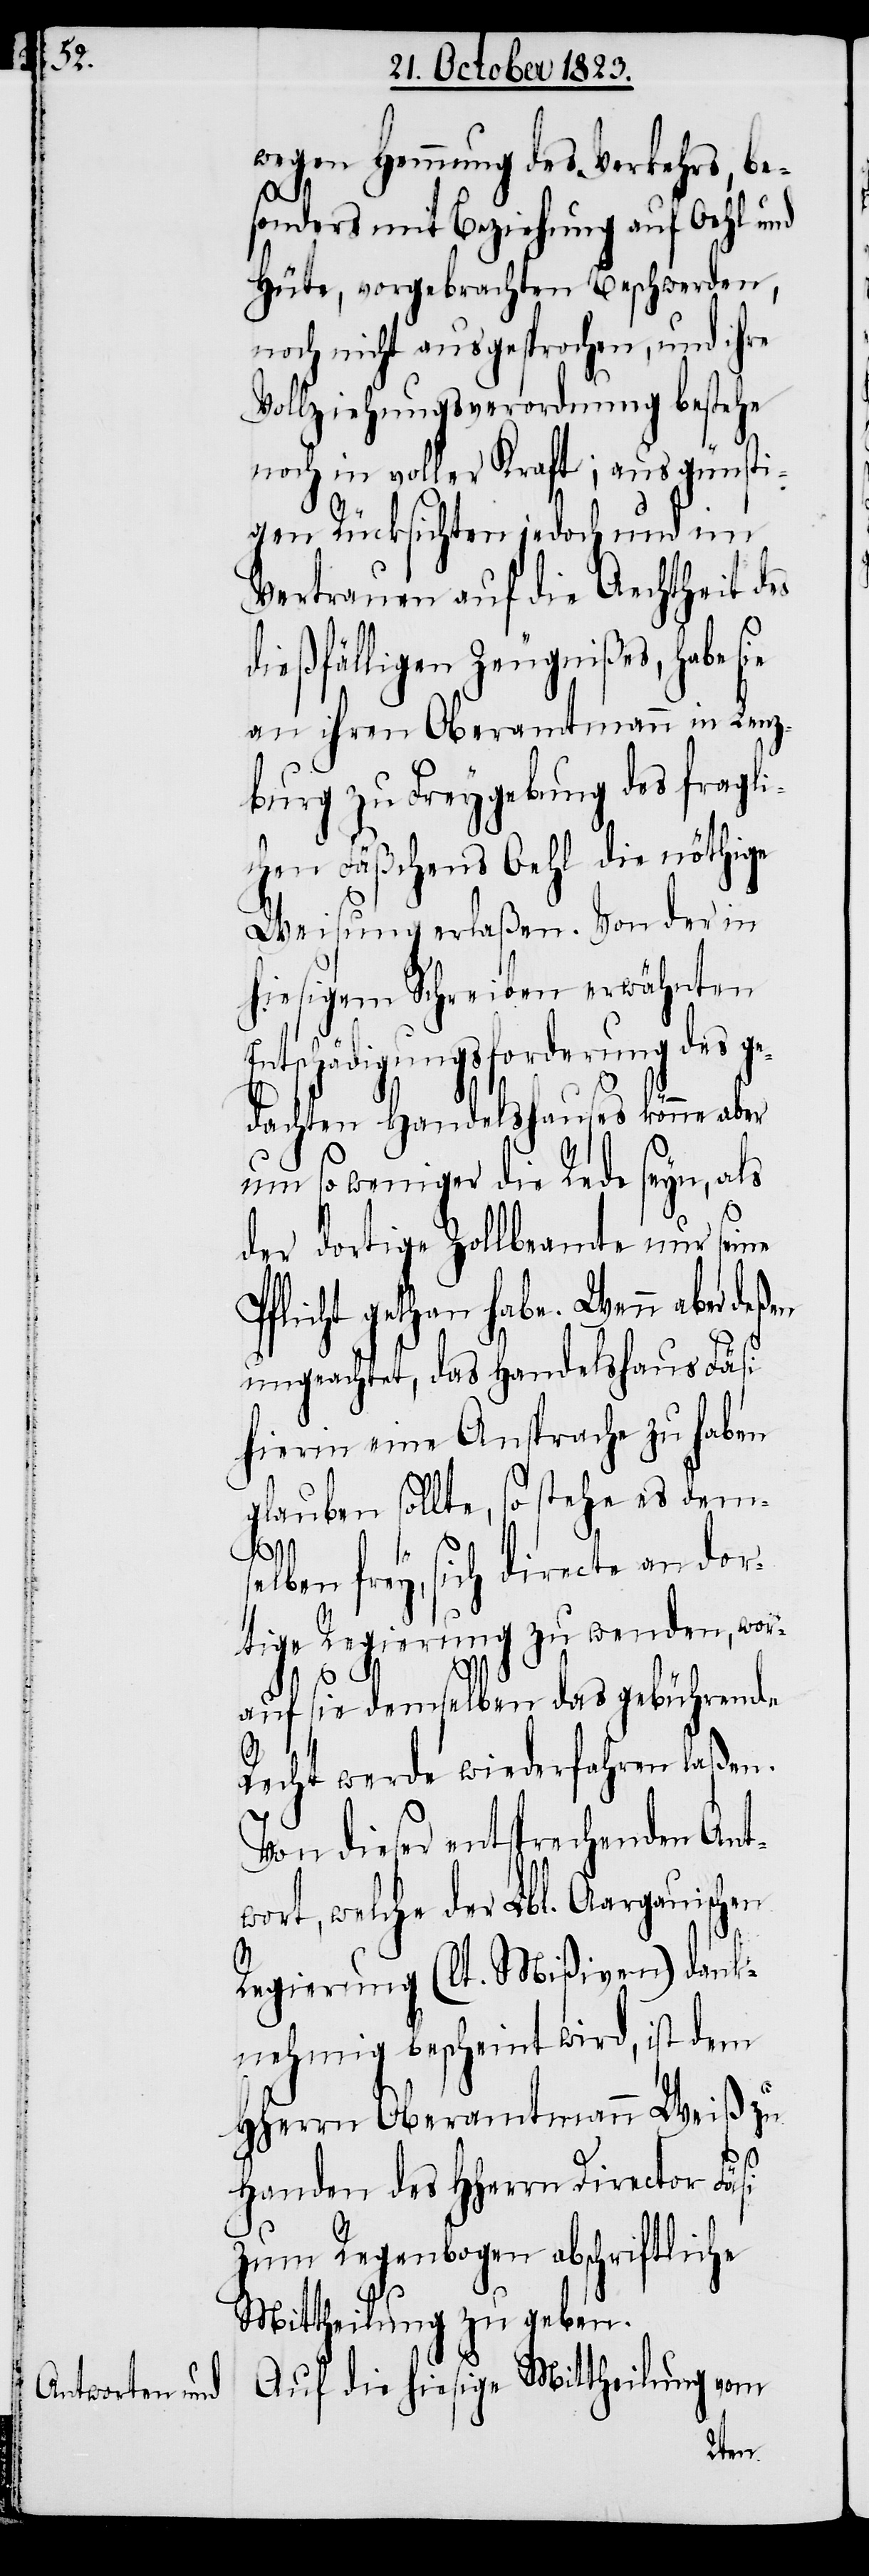
wegen Hemmung des Verkehrs, be¬
sonders mit Beziehung auf Oehl und
Hüte, vorgebrachten Beschwerden,
noch nicht ausgesprochen, und ihre
Vollziehungsverordnung bestehe
noch in voller Kraft; aus günsti¬
gen Rücksichten jedoch und im
Vertrauen auf die Aechtheit des
dießfälligen Zeugnißes, habe
an ihren Oberamtmann in Lenz¬
burg zu Freygebung des fragli¬
chen Fäßchens Oehl die nöthige
Weisung erlaßen. Von der in
hiesigem Schreiben erwähnten
tschädigungsforderung des g¬
edachten Handelshauses könne aber
um so weniger die Rede seyn, als
der dortige Zollbeamte nur seine
Pflicht gethan habe. Wenn aber deßen
ungeachtet, das Handelshaus Fäsi
hierin eine Ansprache zu haben
glauben sollte, so stehe es dem¬
se¬
lben frey, sich directe an dor¬
tige Regierung zu wenden, wor¬
auf sie demselben das gebührende
Recht werde wiederfahren laßen.
Von dieser entsprechenden Ant¬
wort, welche der Lbl. Aargauischen
Regierung (lt. Mißiven) dank¬
nehmig bescheint wir, ist dem
HHerrn Oberamtmann Weiß zu
Handen des HHerrn Director Fäsi
zum Regenbogen abschriftliche
Mittheilung zu geben.
Auf die hiesige Mittheilung vom
En¬